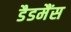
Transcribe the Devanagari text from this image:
डैडमैंस